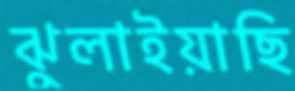
ঝুলাইয়াছি